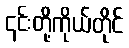
၎င်းတို့ကိုယ်တိုင်